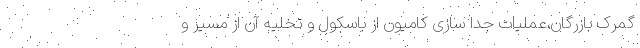
گمرک بازرگان،عملیات جدا سازی کامیون از باسکول و تخلیه آن از مسیر و